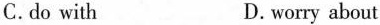
C.do with D.worry about